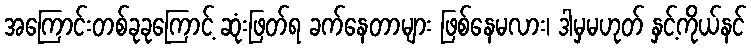
အကြောင်းတစ်ခုခုကြောင့် ဆုံးဖြတ်ရ ခက်နေတာများ ဖြစ်နေမလား၊ ဒါမှမဟုတ် နှင့်ကိုယ်နင်